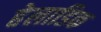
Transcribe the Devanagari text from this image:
हेलाडिक